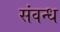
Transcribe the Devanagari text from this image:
संवन्ध